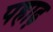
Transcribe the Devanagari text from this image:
पहाढ़